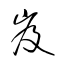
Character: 岌